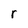
Character: r